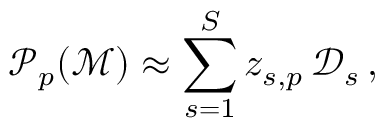
\mathcal { P } _ { p } ( \mathcal { M } ) \approx \sum _ { s = 1 } ^ { S } z _ { s , p } \, \mathcal { D } _ { s } \, ,